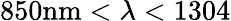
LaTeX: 850\mathrm{nm}<\lambda<1304